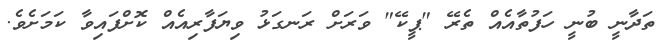
ތަދާނީ ބުނީ ހަފުތާއެއް ތެރޭ "ޕީކޭ" ވަރަށް ރަނގަޅު ވިޔަފާރިއެއް ކޮށްފައިވާ ކަމަށެވެ.